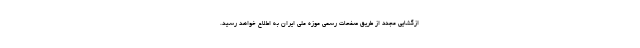
ازگشایی مجدد از طریق صفحات رسمی موزه ملی ایران به اطلاع خواهد رسید.